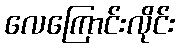
လေကြောင်းလိုင်း